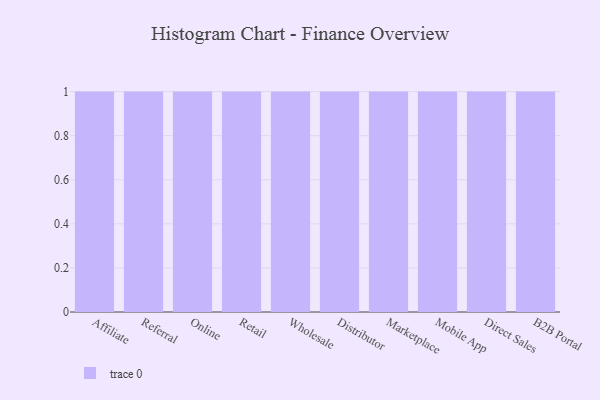
{"axis": {"x": "Channel", "y": "Tickets Resolved"}, "legend": [""], "data": [{"x": "Affiliate", "y": 93, "type": ""}, {"x": "Referral", "y": 13, "type": ""}, {"x": "Online", "y": 9, "type": ""}, {"x": "Retail", "y": 94, "type": ""}, {"x": "Wholesale", "y": 85, "type": ""}, {"x": "Distributor", "y": 84, "type": ""}, {"x": "Marketplace", "y": 34, "type": ""}, {"x": "Mobile App", "y": 79, "type": ""}, {"x": "Direct Sales", "y": 80, "type": ""}, {"x": "B2B Portal", "y": 39, "type": ""}]}